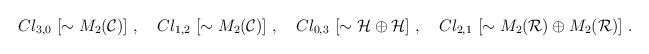
LaTeX: \begin{align*}Cl_{3,0}~[\sim M_2({\cal C})]~,~~~ Cl_{1,2}~[\sim M_2({\cal C})]~,~~~ Cl_{0,3}~[\sim {\cal H} \oplus {\cal H}]~,~~~ Cl_{2,1}~[\sim M_2({\cal R}) \oplus M_2({\cal R})]~.\end{align*}